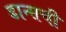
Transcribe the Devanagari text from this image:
डान्सची